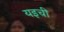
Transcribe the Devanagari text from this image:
यइची